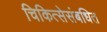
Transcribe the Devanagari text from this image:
चिकित्सेसंबधित